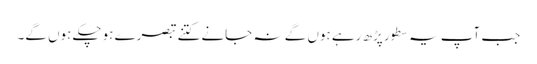
جب آپ یہ سطور پڑھ رہے ہوں گے نہ جانے کتنے تبصرے ہوچکے ہوں گے۔